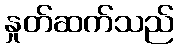
နှုတ်ဆက်သည်